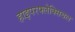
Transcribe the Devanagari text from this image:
हाइपरफ्लेक्सिबल